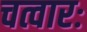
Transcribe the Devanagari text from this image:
चत्वारः